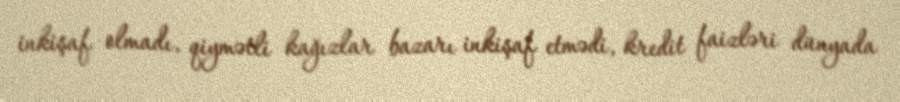
inkişaf olmadı, qiymətli kağızlar bazarı inkişaf etmədi, kredit faizləri dünyada